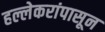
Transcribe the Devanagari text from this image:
हल्लेकरांपासून